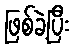
ဖြစ်ခဲ့ပြီး